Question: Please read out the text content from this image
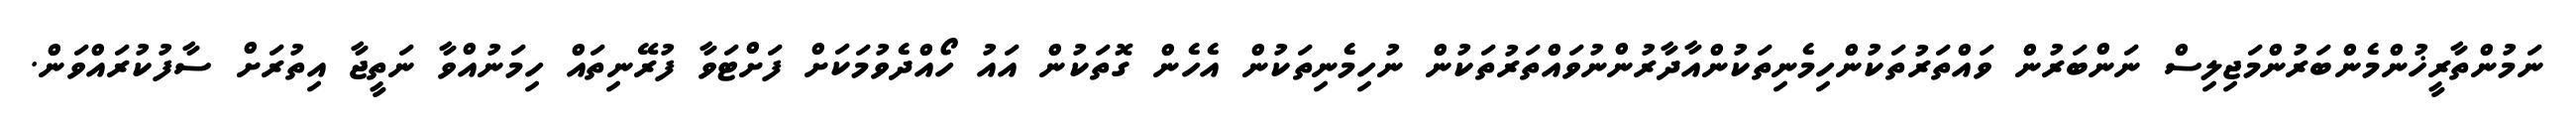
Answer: ނަމުންތާރީޚުންމެންބަރުންމަޖިލިސް ނަންބަރުން ވައްތަރުތަކުންހިމެނިތަކުންއާދާރުންނުވައްތަރުތަކުން ނުހިމެނިތަކުން އެހެން ގޮތަކުން އައު ހޯއްދެވުމަކަށް ފަށްޓަވާ ފުރޭނިތައް ހިމަނުއްވާ ނަތީޖާ އިތުރަށް ސާފުކުރައްވަން.